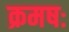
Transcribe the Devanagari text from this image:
क्रमषः